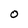
Character: O